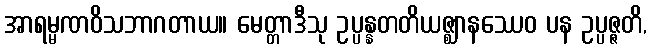
အာရမ္မဏဝိသဘာဂတာယ။ မေတ္တာဒီသု ဥပ္ပန္နတတိယဇ္ဈာနဿေဝ ပန ဥပ္ပဇ္ဇတိ,